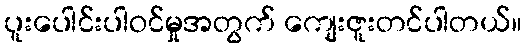
ပူးပေါင်းပါဝင်မှုအတွက် ကျေးဇူးတင်ပါတယ်။